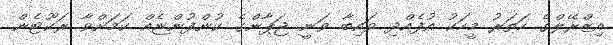
އިޒްރޭލްގެ ހަތަރު މީހަކު އުފެއްދި ވައިބާ ވަނީ ޖަޕާންގެ ކުންފުންޏެއް ކަމަށްވާ ރަކޫޓެން